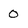
Character: 0